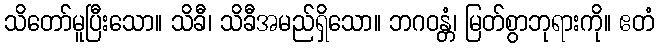
သိတော်မူပြီးသော။ သိခီ၊ သိခီအမည်ရှိသော။ ဘဂဝန္တံ၊ မြတ်စွာဘုရားကို။ ဧတံ